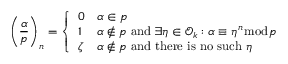
\left( { \frac { \alpha } { \mathfrak { p } } } \right) _ { n } = { \left\{ \begin{array} { l l } { 0 } & { \alpha \in { \mathfrak { p } } } \\ { 1 } & { \alpha \not \in { \mathfrak { p } } { \mathrm { ~ a n d ~ } } \exists \eta \in { \mathcal { O } } _ { k } : \alpha \equiv \eta ^ { n } { \bmod { \mathfrak { p } } } } \\ { \zeta } & { \alpha \not \in { \mathfrak { p } } { \mathrm { ~ a n d ~ t h e r e ~ i s ~ n o ~ s u c h ~ } } \eta } \end{array} \right. }